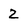
Character: 2